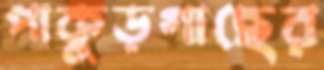
পাকুড়গাছের